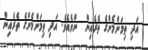
އަދި ތިމަންމެންގެ ތެރެއިން  ންވެއެވެ. އަދި ތިމަންމެންގެ ތެރެއިން